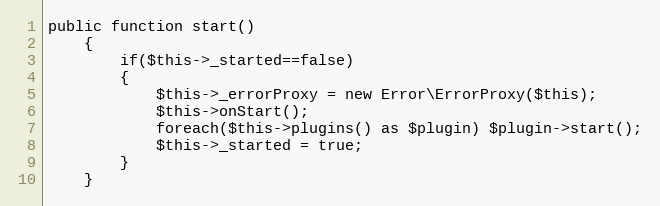
Language: PHP
public function start()
	{
		if($this->_started==false)
		{
			$this->_errorProxy = new Error\ErrorProxy($this);
			$this->onStart();
			foreach($this->plugins() as $plugin) $plugin->start();
			$this->_started = true;
		}
	}